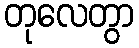
တုလေတွာ